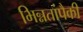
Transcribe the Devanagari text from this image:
भिन्नतांपैकी